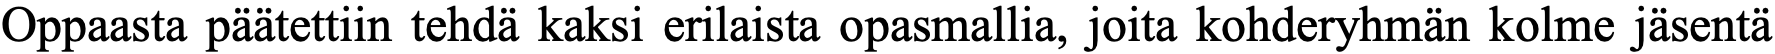
Oppaasta päätettiin tehdä kaksi erilaista opasmallia, joita kohderyhmän kolme jäsentä